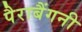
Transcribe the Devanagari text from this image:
पैराबैंगनी